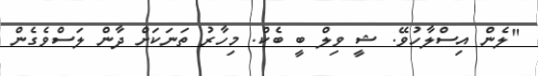
"ލެން އިސްލާހުވޭ. ޝީ ވިލް ބީ ބެކް. މިހާރު ތަނަކަށް ދާން ލަސްވެގެން